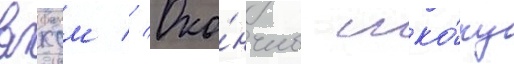
влксм // Око́нчив шко́лу